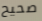
صحيح